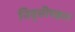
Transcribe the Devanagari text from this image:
निवृत्तीपश्चात